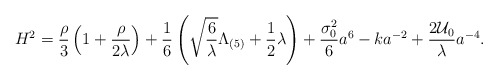
\begin{align*}H^{2} = \frac{\rho}{3} \left( 1 + \frac{\rho}{2\lambda} \right)+ \frac{1}{6} \left( \sqrt{\frac{6}{\lambda}}\Lambda_{(5)} +\frac{1}{2} \lambda \right) + \frac{\sigma_0^2}{6} a^{\-6}- k a^{-2} + \frac{2{\cal U}_{0}}{\lambda} a^{-4}.\end{align*}